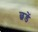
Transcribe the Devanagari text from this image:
छडें